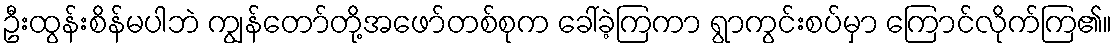
ဦးထွန်းစိန်မပါဘဲ ကျွန်တော်တို့အဖော်တစ်စုက ခေါ်ခဲ့ကြကာ ရွာကွင်းစပ်မှာ ကြောင်လိုက်ကြ၏။